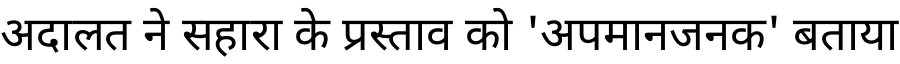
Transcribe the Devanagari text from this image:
अदालत ने सहारा के प्रस्ताव को 'अपमानजनक' बताया